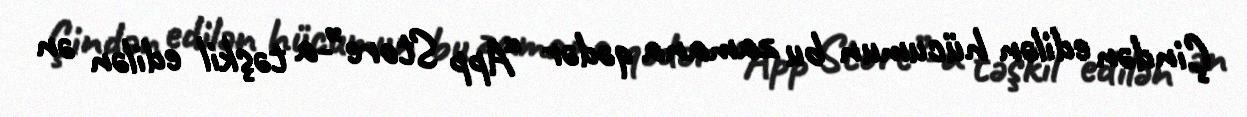
Çindən edilən hücumun bu zamana qədər “App Store”-a təşkil edilən ən